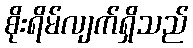
စိုးရိမ်လျက်ရှိသည်